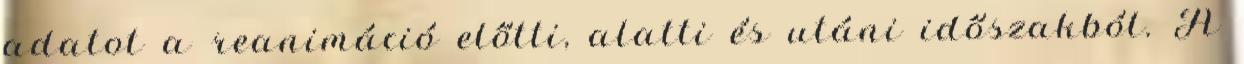
adatot a reanimáció előtti, alatti és utáni időszakból. A